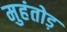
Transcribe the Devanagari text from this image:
मुहंतोड़